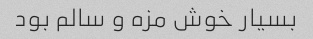
بسیار خوش مزه و سالم بود